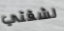
لشقتي